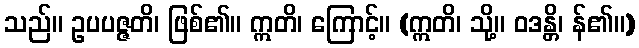
သည်။ ဥပပဇ္ဇတိ၊ ဖြစ်၏။ ဣတိ၊ ကြောင့်။ (ဣတိ၊ သို့။ ဝဒန္တိ၊ န်၏။)